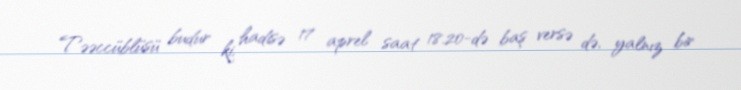
Təəccüblüsü budur ki, hadisə 17 aprel saat 18.20-də baş versə də, yalnız bir